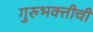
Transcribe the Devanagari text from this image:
गुरुभक्तीची